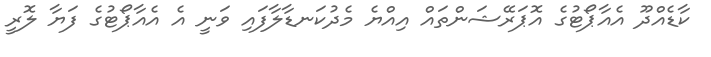
ކާޑެއްދޫ އެއާޕޯޓުގެ އޮޕަރޭޝަންތައް އިއްޔެ މެދުކަނޑާލާފައި ވަނީ އެ އެއާޕޯޓުގެ ފަޔާ ލޮރީ